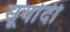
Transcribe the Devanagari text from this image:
सूर्यादी